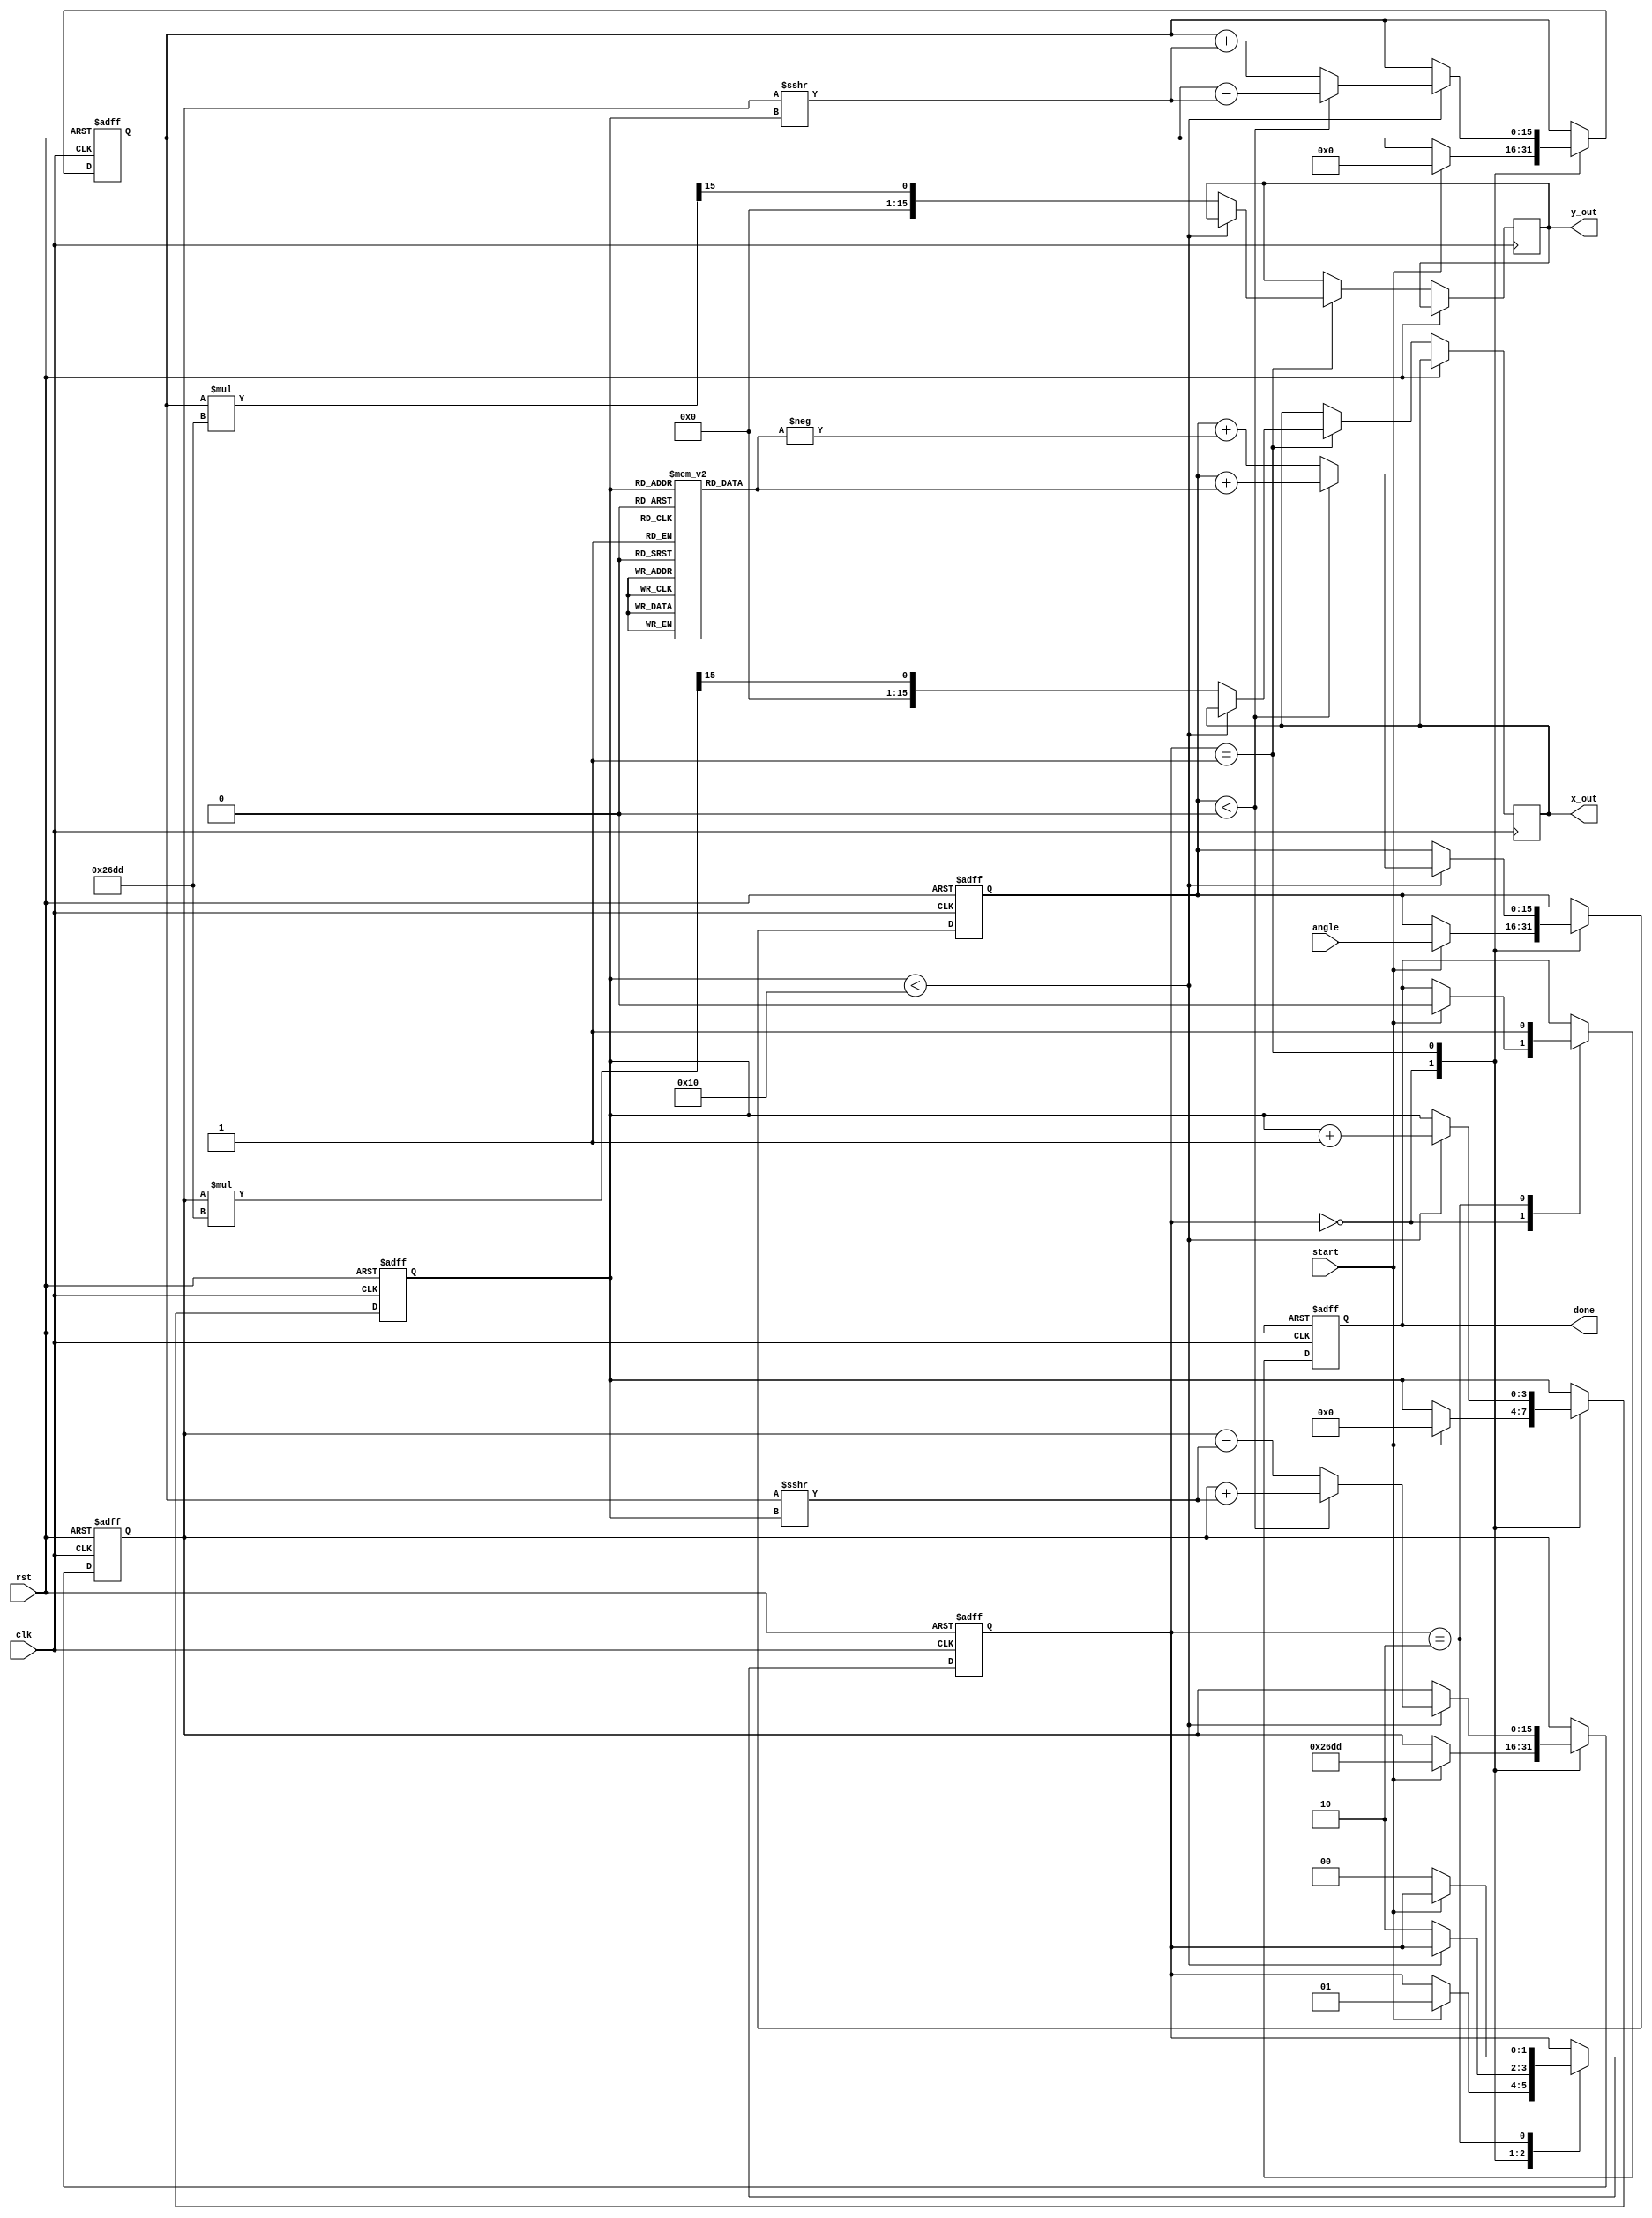
module adaptive_cordic (
    input wire clk,
    input wire rst,
    input wire start,
    input wire signed [15:0] angle, // Input angle in fixed-point representation
    output reg signed [15:0] x_out,  // Output x coordinate (cosine)
    output reg signed [15:0] y_out,  // Output y coordinate (sine)
    output reg done
);

    // Parameters
    parameter NUM_ITERATIONS = 16;  // Number of CORDIC iterations
    parameter K = 16'h26DD;          // Scaling factor (K = 1/sqrt(1+2^(-2n)))

    // Internal registers
    reg signed [15:0] x, y;          // Current x, y coordinates
    reg signed [15:0] angle_lut [0:NUM_ITERATIONS-1]; // Angle lookup table
    reg [3:0] iteration;              // Iteration counter
    reg signed [15:0] theta;          // Current angle
    reg [1:0] state;                  // State machine for control
    reg signed [15:0] angle_adjust;   // Angle adjustment based on direction

    // State encoding
    localparam IDLE = 2'b00;
    localparam RUN = 2'b01;
    localparam DONE = 2'b10;

    // Initialize angle lookup table
    initial begin
        angle_lut[0] = 16'h2000; // atan(2^0)
        angle_lut[1] = 16'h1333; // atan(2^-1)
        angle_lut[2] = 16'h0A3D; // atan(2^-2)
        angle_lut[3] = 16'h0510; // atan(2^-3)
        angle_lut[4] = 16'h028F; // atan(2^-4)
        angle_lut[5] = 16'h0149; // atan(2^-5)
        angle_lut[6] = 16'h00A2; // atan(2^-6)
        angle_lut[7] = 16'h0051; // atan(2^-7)
        angle_lut[8] = 16'h0028; // atan(2^-8)
        angle_lut[9] = 16'h0014; // atan(2^-9)
        angle_lut[10] = 16'h000A; // atan(2^-10)
        angle_lut[11] = 16'h0005; // atan(2^-11)
        angle_lut[12] = 16'h0002; // atan(2^-12)
        angle_lut[13] = 16'h0001; // atan(2^-13)
        angle_lut[14] = 16'h0000; // atan(2^-14)
        angle_lut[15] = 16'h0000; // atan(2^-15)
    end

    // Main process
    always @(posedge clk or posedge rst) begin
        if (rst) begin
            x <= 16'h26DD; // Initial x = K
            y <= 16'h0000; // Initial y = 0
            theta <= 0;
            iteration <= 0;
            state <= IDLE;
            done <= 0;
        end else begin
            case (state)
                IDLE: begin
                    if (start) begin
                        theta <= angle;
                        x <= 16'h26DD; // K
                        y <= 16'h0000; // 0
                        iteration <= 0;
                        state <= RUN;
                        done <= 0;
                    end
                end
                RUN: begin
                    if (iteration < NUM_ITERATIONS) begin
                        if (theta < 0) begin
                            angle_adjust = angle_lut[iteration];
                            x <= x + (y >>> iteration);
                            y <= y - (x >>> iteration);
                            theta <= theta + angle_adjust;
                        end else begin
                            angle_adjust = -angle_lut[iteration];
                            x <= x - (y >>> iteration);
                            y <= y + (x >>> iteration);
                            theta <= theta + angle_adjust;
                        end
                        iteration <= iteration + 1;
                    end else begin
                        x_out <= (x * K) >>> 15; // Scale x
                        y_out <= (y * K) >>> 15; // Scale y
                        state <= DONE;
                    end
                end
                DONE: begin
                    done <= 1;
                    if (!start) begin
                        state <= IDLE; // Reset state
                    end
                end
            endcase
        end
    end

endmodule